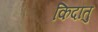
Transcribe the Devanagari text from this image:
किदातु